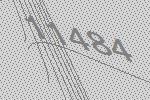
11484